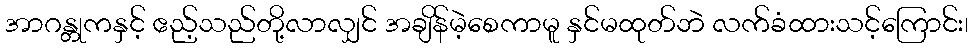
အာဂန္တုကနှင့် ဧည့်သည်တို့လာလျှင် အချိန်မဲ့စေကာမူ နှင်မထုတ်ဘဲ လက်ခံထားသင့်ကြောင်း၊